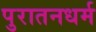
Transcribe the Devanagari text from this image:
पुरातनधर्म